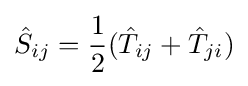
{\hat {S}}_{ij}={\frac {1}{2}}({\hat {T}}_{ij}+{\hat {T}}_{ji})